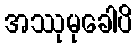
အဿုမုခေါပိ